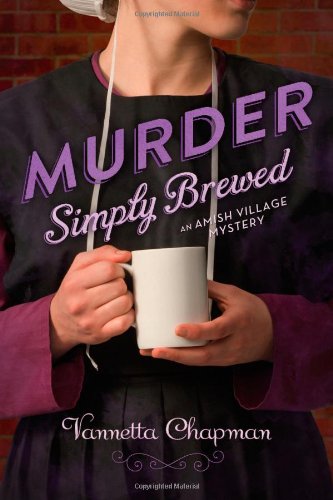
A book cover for Murder Simply Brewed (An Amish Village Mystery); Vannetta Chapman; Romance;